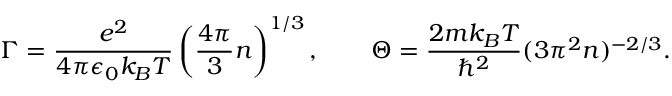
\Gamma = \frac { e ^ { 2 } } { 4 \pi \epsilon _ { 0 } k _ { B } T } \left( \frac { 4 \pi } { 3 } n \right) ^ { 1 / 3 } , \qquad \Theta = \frac { 2 m k _ { B } T } { \hbar ^ { 2 } } ( 3 \pi ^ { 2 } n ) ^ { - 2 / 3 } .